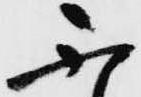
ふ